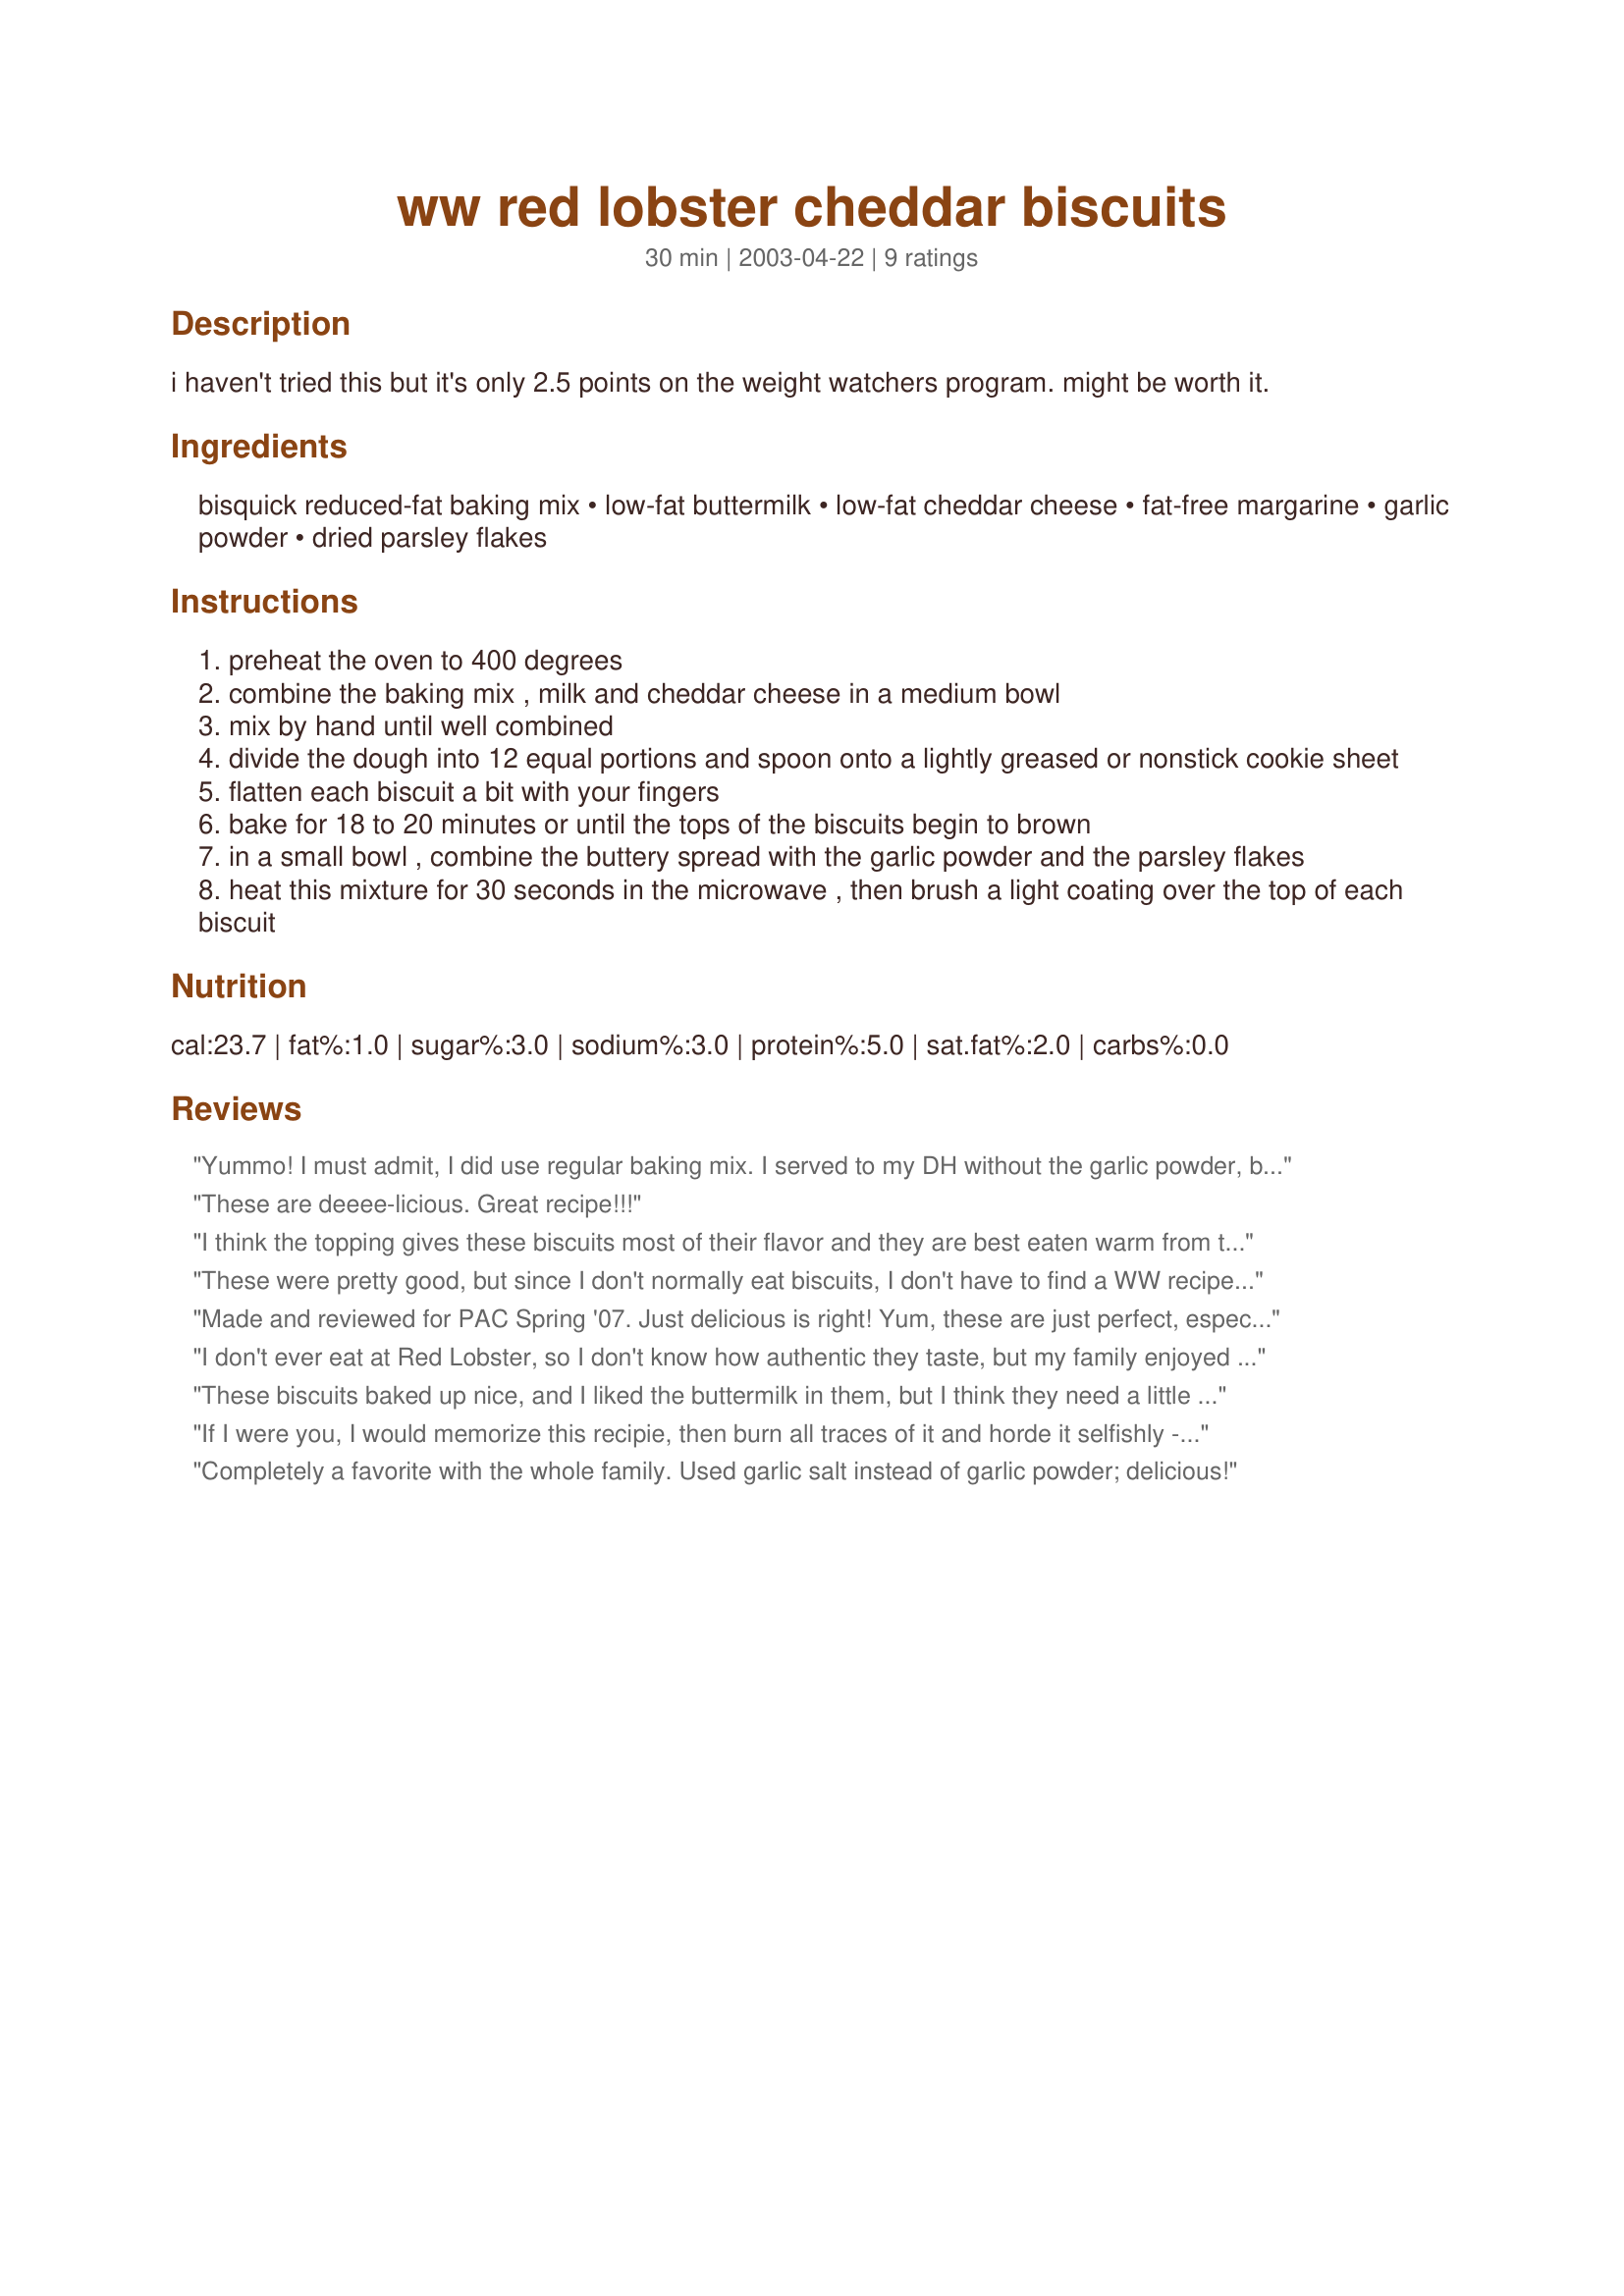
ww red lobster cheddar biscuits
Preparation time: 30 minutes

i haven't tried this but it's only 2.5 points on the weight watchers program. might be worth it.

Ingredients:
bisquick reduced-fat baking mix, low-fat buttermilk, low-fat cheddar cheese, fat-free margarine, garlic powder, dried parsley flakes

Steps:
preheat the oven to 400 degrees
combine the baking mix , milk and cheddar cheese in a medium bowl
mix by hand until well combined
divide the dough into 12 equal portions and spoon onto a lightly greased or nonstick cookie sheet
flatten each biscuit a bit with your fingers
bake for 18 to 20 minutes or until the tops of the biscuits begin to brown
in a small bowl , combine the buttery spread with the garlic powder and the parsley flakes
heat this mixture for 30 seconds in the microwave , then brush a light coating over the top of each biscuit

Reviews:
Yummo! I must admit, I did use regular baking mix. I served to my DH without the garlic powder, but I used it and it was delicious! Thank you Mariposa, for a low fat way to get my cheese and biscuits! :)
These are deeee-licious. Great recipe!!!
I think the topping gives these biscuits most of their flavor and they are best eaten warm from the oven (the leftovers seemed to be "chewier" after sitting for a few hours). Easy to make and a good alternative for low fat biscuits.
These were pretty good, but since I don't normally eat biscuits, I don't have to find a WW recipe to satisfy a Red Lobster Cheddar biscuit craving; I preferred the 2 previous full-fat versions I had tried recently. On the other hand, my MIL will give her rating tomorrow -- she would live off RL cheese biscuits if she could. However, this had just the right amount of "butter". Thanks for posting this version, Kannwilson. Made for I Recommend Tag based on the recommendation of Andi of Longmeadow Farm.
Made and reviewed for PAC Spring '07. Just delicious is right! Yum, these are just perfect, especially done as a lower fat option. Easy to put together, had everything on hand. The only change I made was using jalapeno-jack cheese, because that was in the fridge, and this worked out wonderfully! Thanks, Wendelina!
I don't ever eat at Red Lobster, so I don't know how authentic they taste, but my family enjoyed them. The garlic butter on top really helped give them a lot of flavor. The one complaint I have is that the biscuit itself was kind of dry. I would definitely serve these with soup, or a casserole that needed to be mopped up.
These biscuits baked up nice, and I liked the buttermilk in them, but I think they need a little more seasoning. If I would make them again, I'd add a little more seasoning to them.
If I were you, I would memorize this recipie, then burn all traces of it and horde it selfishly - it's fabulous! So easy, low fat, and everyone loved them. I Had to add about 3 tbs buttermilk because the mix was too dry, and I used just plain old Jiffy baking mix and plain margarine instead of what was listed, but otherwise followed this exactly. This is excellent!!
Completely a favorite with the whole family. Used garlic salt instead of garlic powder; delicious!
